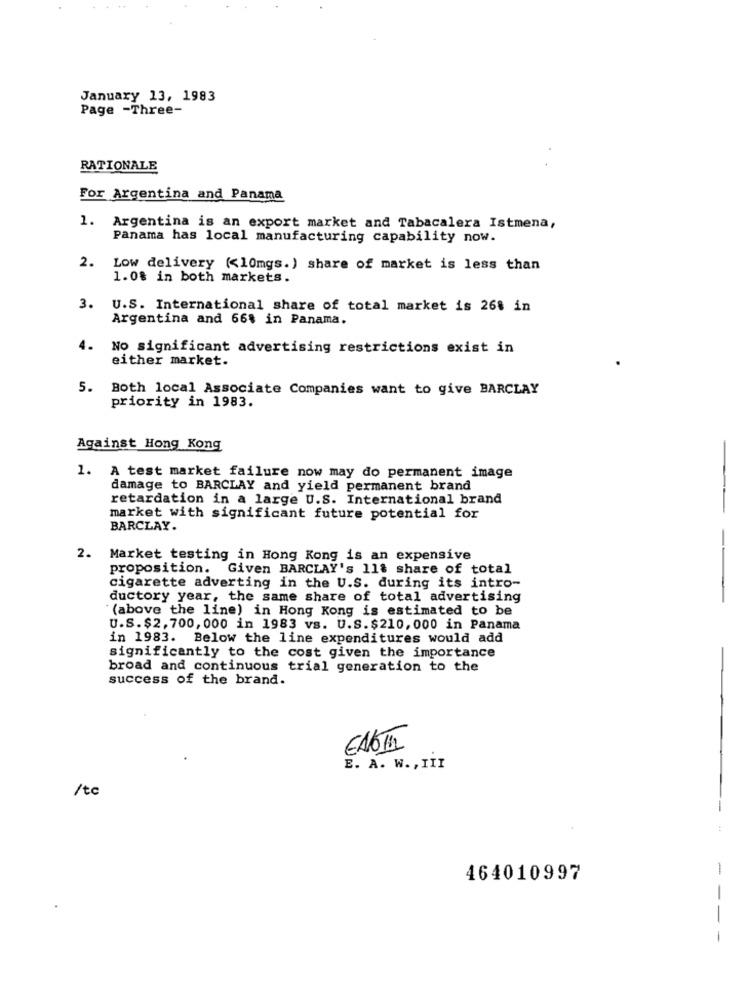
January 13, 1983
Page -Three-
RATIONALE
For Argentina and Panama
1.
Argentina is an export market and Tabacalera Istmena,
Panama has local manufacturing capability now.
2.
Low delivery (<10mgs.) share of market is less than
1.0% in both markets.
3.
U.S. International share of total market is 268 in
Argentina and 66% in Panama.
4.
No significant advertising restrictions exist in
either market.
5. Both local Associate Companies want to give BARCLAY
priority in 1983.
Against Hong Kong
1. A test market failure now may do permanent image
damage to BARCLAY and yield permanent brand
retardation in a large U.S. International brand
market with significant future potential for
BARCLAY.
2. Market testing in Hong Kong is an expensive
proposition. Given BARCLAY's 11% share of total
cigarette adverting in the U.S. during its intro-
ductory year, the same share of total advertising
--
(above the line) in Hong Kong is estimated to be
U.S.$2,700, 000 in 1983 vs. U.S.$210,000 in Panama
in 1983. Below the line expenditures would add
significantly to the cost given the importance
broad and continuous trial generation to the
success of the brand.
E. A. W ., III
/tc
-
-
464010997
-
-
-